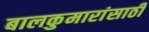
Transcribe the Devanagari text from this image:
बालकुमारांसाठी